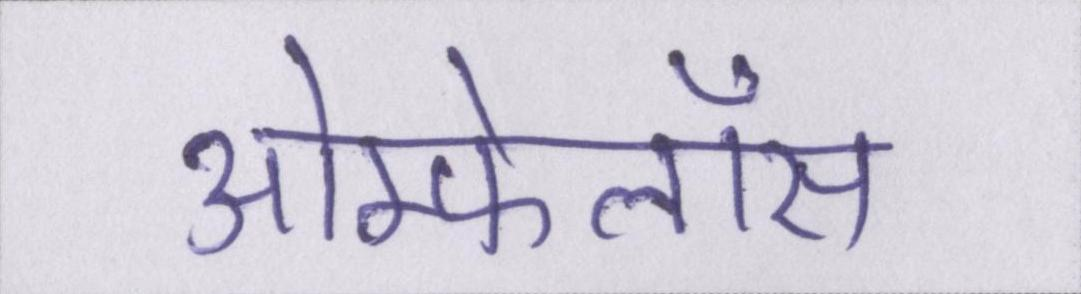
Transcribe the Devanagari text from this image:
ओम्फेलॉस